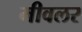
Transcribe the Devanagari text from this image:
मीवलर